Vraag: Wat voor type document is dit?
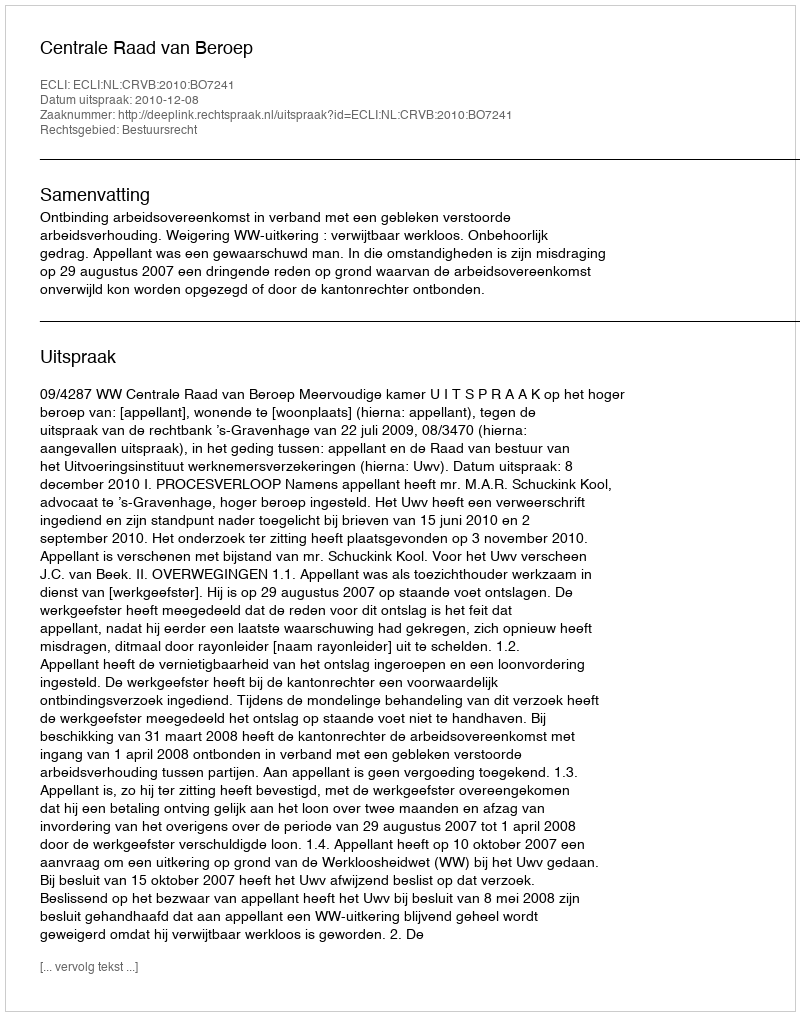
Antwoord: Uitspraak